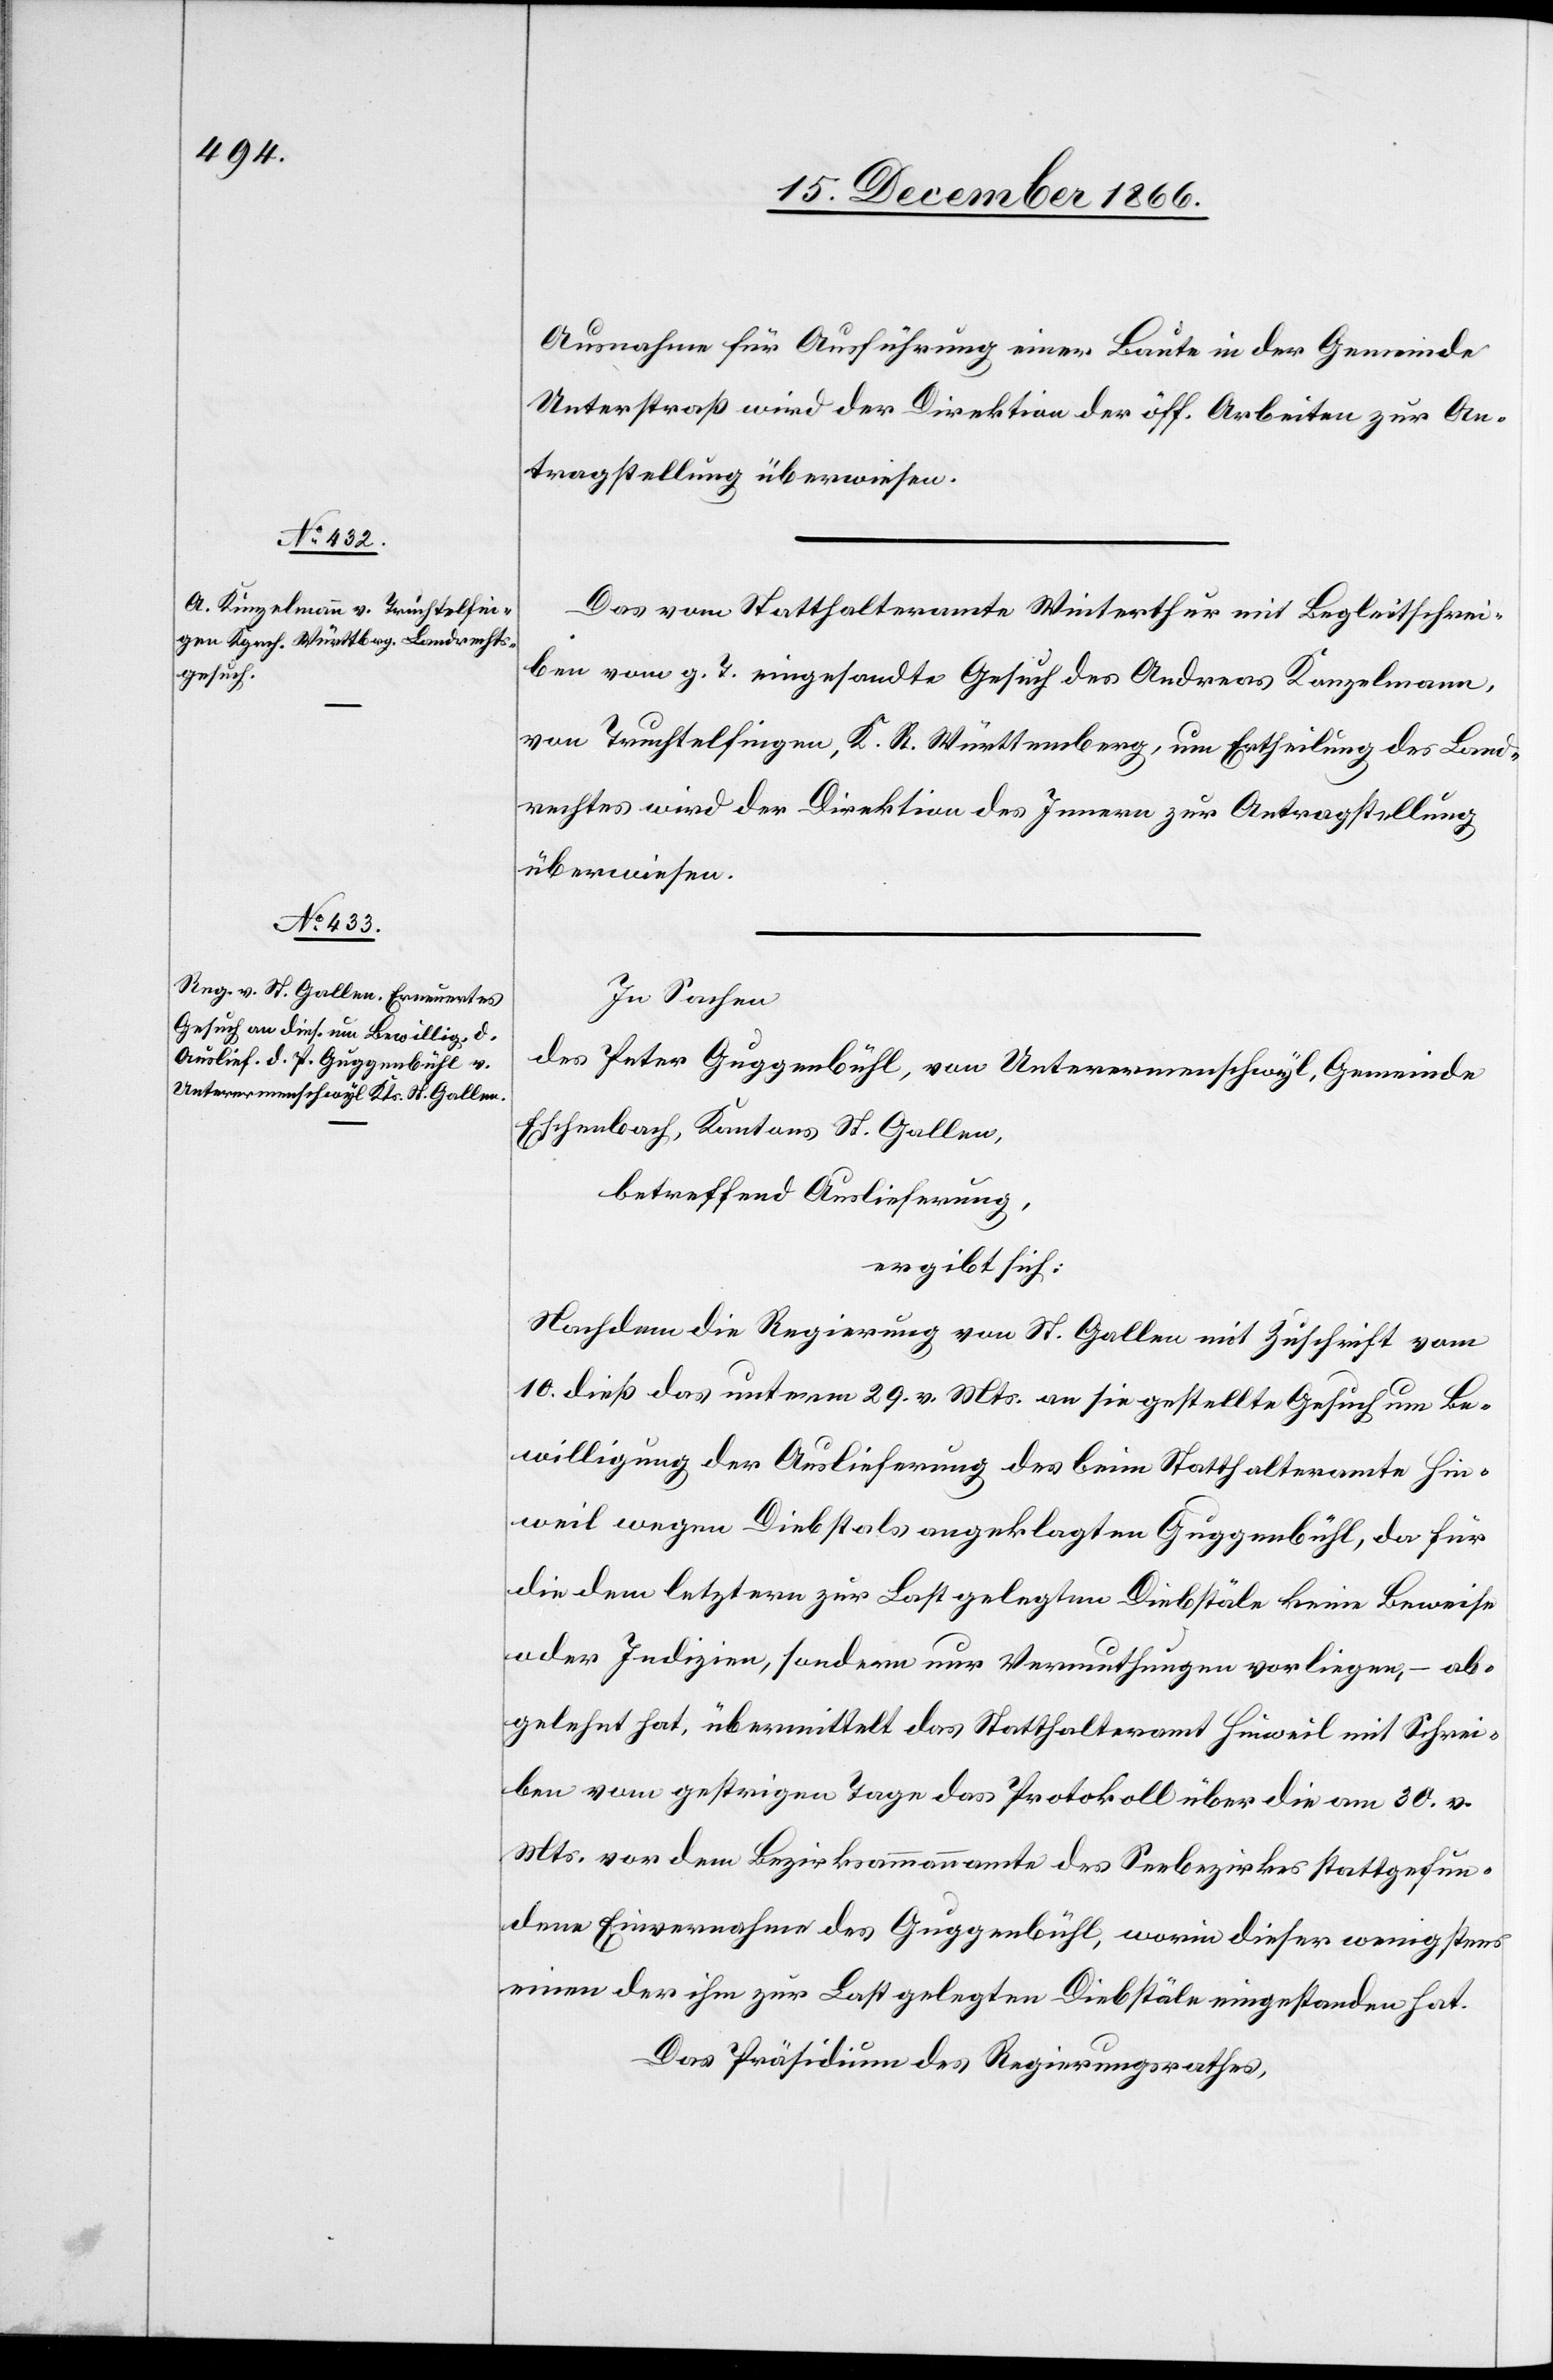
19. December 1866.]
Ausnahme für Ausführung einer Baute in der Gemeinde
Unterstraß wird der Direktion der öff. Arbeiten zur An¬
tragstellung überwiesen.
Das vom Statthalteramte Winterthur mit Begleitschrei¬
ben vom g. T. eingesandte Gesuch des Andreas Konzelmann
von Truchtelfingen, K. R. Württemberg, um Ertheilung des Land¬
rechtes wird der Direktion des Innern zur Antragstellung
überwiesen.
In Sachen
des Peter Guggenbühl, von Unterermenschwyl, Gemeinde
Eschenbach, Kantons St. Gallen,
betreffend Auslieferung,
ergibt sich:
Nachdem die Regierung von St. Gallen mit Zuschrift vom
10. dieß das unterm 29. v. Mts. an sie gestellte Gesuch um Be¬
willigung der Auslieferung des beim Statthalteramte Hin¬
weil wegen Diebstals angeklagten Guggenbühl, da für
die dem letztern zur Last gelegten Diebstäle keine Beweise
oder Indizien, sondern nur Vermuthungen vorliegen, – ab¬
gelehnt hat, übermittelt das Statthalteramt Hinweil mit Schrei¬
ben vom gestrigen Tage das Protokoll über die am 30. v.
Mts. vor dem Bezirksammannamte des Seebezirkes stattgefun¬
dene Einvernahme des Guggenbühl, worin dieser wenigstens
einen der ihm zur Last gelegten Diebstäle eingestanden hat.
Das Präsidium des Regierungsrathes,